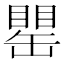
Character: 𦉍